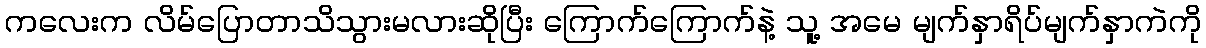
ကလေးက လိမ်ပြောတာသိသွားမလားဆိုပြီး ကြောက်ကြောက်နဲ့ သူ့ အမေ မျက်နှာရိပ်မျက်နှာကဲကို